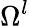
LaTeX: \Omega^{l}